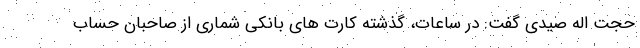
حجت اله صیدی گفت: در ساعات، گذشته کارت های بانکی شماری از صاحبان حساب